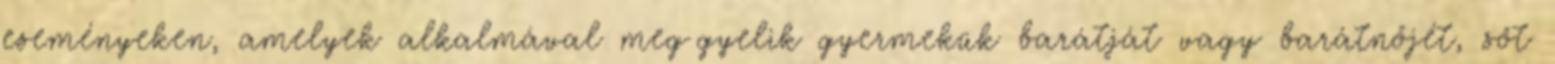
eseményeken, amelyek alkalmával megﬁgyelik gyermekük barátját vagy barátnőjét, sőt